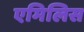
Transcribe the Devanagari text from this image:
एमिलिस